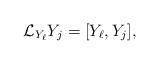
LaTeX: \begin{align*} \mathcal{L}_{Y_\ell} Y_j = [Y_\ell, Y_j],\end{align*}